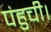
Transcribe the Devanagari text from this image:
पंहुची।